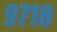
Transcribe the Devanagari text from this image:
९७१८